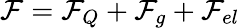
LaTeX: \mathcal F=\mathcal F_{Q}+\mathcal F_{g}+\mathcal F_{el}